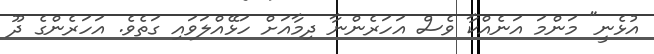
އުޅެނީ" މަންމަ އަނެއްކާ ވެސް އަހަރެންނާ ދިމާއަށް ހަޅޭއްލަވައި ގަތެވެ. އަހަރެންގެ ދޫ